Report on vaccination in the Province of Bengal - 1874-1889
Year: 1874
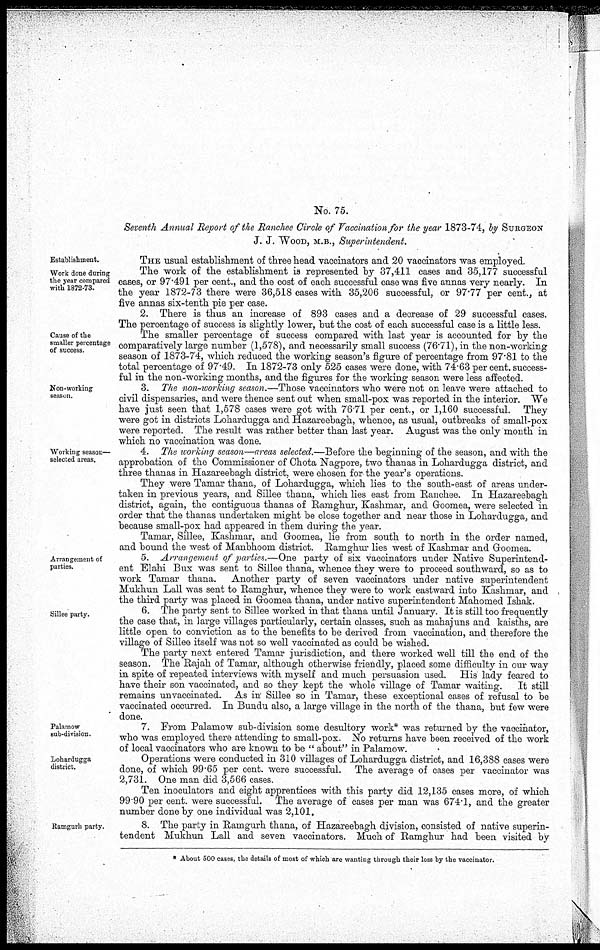
No. 75.
Seventh Annual Report of the Ranchee Circle of Vaccination for the year 1873-74, by SURGEON
J. J. WOOD, M.B., Superintendent.
Establishment.
Work done during
the year compared
with 1872-73.
THE usual establishment of three head vaccinators and 20 vaccinators was employed
The work of the establishment is represented by 37,411 cases and 35,177 successful
cases, or 97.491 per cent., and the cost of each successful case was five annas very nearly. In
the year 1872-73 there were 36,518 cases with 35,206 successful, or 97.77 per cent., at
five annas six-tenth pie per case.
Cause of the
smaller percentage
of success.
2. There is thus an increase of 893 cases and a decrease of 29 successful cases.
The percentage of success is slightly lower, but the cost of each successful case is a little less.
The smaller percentage of success compared with last year is accounted for by the
comparatively large number (1,578), and necessarily small success (76.71), in the non-working
season of 1873-74, which reduced the working season's figure of percentage from 97.81 to the
total percentage of 97.49. In 1872-73 only 525 cases were done, with 74.63 per cent. success-
ful in the non-working months, and the figures for the working season were less affected.
Non-working
season.
3. The non-working season.—Those vaccinators who were not on leave were attached to
civil dispensaries, and were thence sent out when small-pox was reported in the interior. We
have just seen that 1,578 cases were got with 76 71 per cent., or 1,160 successful. They
were got in districts Lohardugga and Hazareebagh, whence, as usual, outbreaks of small-pox
were reported. The result was rather better than last year. August was the only month in
which no vaccination was done.
Working season—
selected areas.
4. The working season—areas selected.—Before the beginning of the season, and with the
approbation of the Commissioner of Chota Nagpore, two thanas in Lohardugga district, and
three thanas in Hazareebagh district, were chosen for the year's operations.
They were Tamar thana, of Lohardugga, which lies to the south-east of areas under-
taken in previous years, and Sillee thana, which lies east from Ranchee. In Hazareebagh
district, again, the contiguous thanas of Ramghur, Kashmar, and Goomea, were selected in
order that the thanas undertaken might be close together and near those in Lohardugga, and
because small-pox had appeared in them during the year.
Tamar, Sillee, Kashmar, and Goomea, lie from south to north in the order named,
and bound the west of Manbhoom district. Ramghur lies west of Kashmar and Goomea.
Arrangement of
parties.
5. Arrangement of parties.—One party of six vaccinators under Native Superintend-
ent Elahi Bux was sent to Sillee thana, whence they were to proceed southward, so as to
work Tamar thana.
Another party of seven vaccinators under native superintendent
Mukhun Lall was sent to Ramghur, whence they were to work eastward into Kashmar, and
the third party was placed in Goomea thana, under native superintendent Mahomed Ishak.
6. The party sent to Sillee worked in that thana until January. It is still too frequently
the case that, in large villages particularly, certain classes, such as mahajuns and kaisths, are
little open to conviction as to the benefits to be derived from vaccination, and therefore the
village of Sillee itself was not so well vaccinated as could be wished.
The party next entered Tamar jurisdiction, and there worked well till the end of the
season. The Rajah of Tamar, although otherwise friendly, placed some difficulty in our way
in spite of repeated interviews with myself and much persuasion used. His lady feared to
have their son vaccinated, and so they kept the whole village of Tamar waiting.
It still
remains unvaccinated. As in Sillee so in Tamar, these exceptional cases of refusal to be
vaccinated occurred. In Bundu also, a large village in the north of the thana, but few were
done.
Palamow
sub-division.
7. From Palamow sub-division some desultory work* was returned by the vaccinator,
who was employed there attending to small-pox. No returns have been received of the work
of local vaccinators who are known to be " about" in Palamow.
Lohardugga
district.
Ramgurh party.
8. The party in Ramgurh thana, of Hazareebagh division, consisted of native superin-
tendent Mukhun Lall and seven vaccinators. Much of Ramghur had been visited by
Operations were conducted in 310 villages of Lohardugga district, and 16,388 cases were
done, of which 99.65 per cent. were successful. The average of cases per vaccinator was
2,731. One man did 3,566 cases.
Ten inoculators and eight apprentices with this party did 12,135 cases more, of which
99.90 per cent. were successful. The average of cases per man was 674.1, and the greater
number done by one individual was 2,101.
* About 500 cases, the details of most of which are wanting through their loss by the vaccinator.